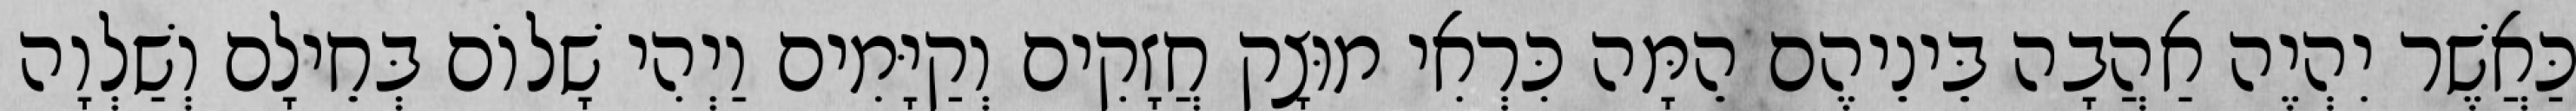
כַּאֲשֶׁר יִהְיֶה אַהֲבָה בֵּינֵיהֶם הֵמָּה כִּרְאִי מוּצָק חֲזָקִים וְקַיָּמִים וַיְהִי שָׁלוֹם בְּחֵילָם וְשַׁלְוָה